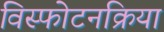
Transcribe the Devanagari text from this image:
विस्फोटनक्रिया